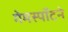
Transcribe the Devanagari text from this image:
गेमस्पॉटने